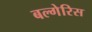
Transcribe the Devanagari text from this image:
बल्गेरिस